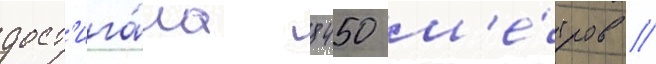
дост'ига́ла 8450 м'е́тров //